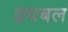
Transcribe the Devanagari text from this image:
द्रधबल